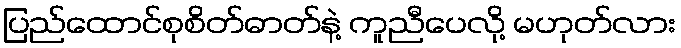
ပြည်ထောင်စုစိတ်ဓာတ်နဲ့ ကူညီပေလို့ မဟုတ်လား